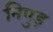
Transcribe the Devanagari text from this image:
निपुड़